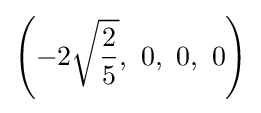
\left(-2{\sqrt {\frac {2}{5}}},\ 0,\ 0,\ 0\right)